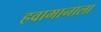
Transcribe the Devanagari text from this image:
हवामानाला